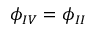
\phi _ { I V } = \phi _ { I I }